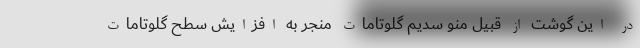
در این گوشت از قبیل منو سدیم گلوتامات منجر به افزایش سطح گلوتامات